Report on the lunatic asylums in Bengal - 1862-
Year: 1862
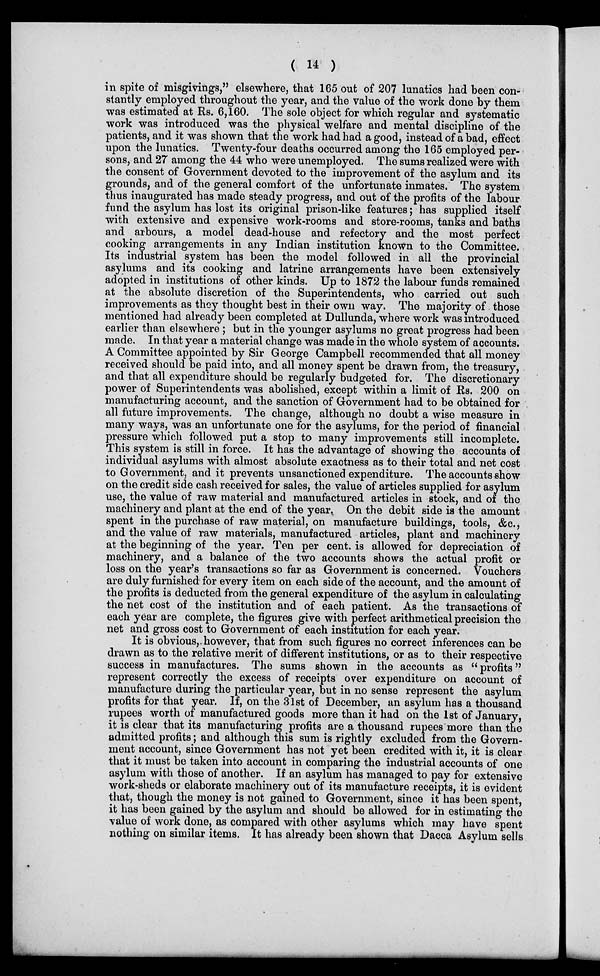
( 14 )
in spite of misgivings," elsewhere, that 165 out of 207 lunatics had been con-
stantly employed throughout the year, and the value of the work done by them
was estimated at Rs. 6,160. The sole object for which regular and systematic
work was introduced was the physical welfare and mental discipline of the
patients, and it was shown that the work had had a good, instead of a bad, effect
upon the lunatics. Twenty-four deaths occurred among the 165 employed per-
sons, and 27 among the 44 who were unemployed. The sums realized were with
the consent of Government devoted to the improvement of the asylum and its
grounds, and of the general comfort of the unfortunate inmates. The system
thus inaugurated has made steady progress, and out of the profits of the labour
fund the asylum has lost its original prison-like features; has supplied itself
with extensive and expensive work-rooms and store-rooms, tanks and baths
and arbours, a model dead-house and refectory and the most perfect
cooking arrangements in any Indian institution known to the Committee.
Its industrial system has been the model followed in all the provincial
asylums and its cooking and latrine arrangements have been extensively
adopted in institutions of other kinds. Up to 1872 the labour funds remained
at the absolute discretion of the Superintendents, who carried out such
improvements as they thought best in their own way. The majority of those
mentioned had already been completed at Dullunda, where work was introduced
earlier than elsewhere ; but in the younger asylums no great progress had been
made. In that year a material change was made in the whole system of accounts.
A Committee appointed by Sir George Campbell recommended that all money
received should be paid into, and all money spent be drawn from, the treasury,
and that all expenditure should be regularly budgeted for. The discretionary
power of Superintendents was abolished, except within a limit of Rs. 200 on
manufacturing account, and the sanction of Government had to be obtained for
all future improvements. The change, although no doubt a wise measure in
many ways, was an unfortunate one for the asylums, for the period of financial
pressure which followed put a stop to many improvements still incomplete.
This system is still in force. It has the advantage of showing the accounts of
individual asylums with almost absolute exactness as to their total and net cost
to Government, and it prevents unsanctioned expenditure. The accounts show
on the credit side cash received for sales, the value of articles supplied for asylum
use, the value of raw material and manufactured articles in stock, and of the
machinery and plant at the end of the year. On the debit side is the amount
spent in the purchase of raw material, on manufacture buildings, tools, &c.,
and the value of raw materials, manufactured articles, plant and machinery
at the beginning of the year. Ten per cent. is allowed for depreciation of
machinery, and a balance of the two accounts shows the actual profit or
loss on the year's transactions so far as Government is concerned. Vouchers
are duly furnished for every item on each side of the account, and the amount of
the profits is deducted from the general expenditure of the asylum in calculating
the net cost of the institution and of each patient. As the transactions of
each year are complete, the figures give with perfect arithmetical precision the
net and gross cost to Government of each institution for each year.
It is obvious, however, that from such figures no correct inferences can be
drawn as to the relative merit of different institutions, or as to their respective
success in manufactures. The sums shown in the accounts as " profits"
represent correctly the excess of receipts over expenditure on account of
manufacture during the particular year, but in no sense represent the asylum
profits for that year. If, on the 31st of December, an asylum has a thousand
rupees worth of manufactured goods more than it had on the 1st of January,
it is clear that its manufacturing profits are a thousand rupees more than the
admitted profits; and although this sum is rightly excluded from the Govern-
ment account, since Government has not yet been credited with it, it is clear
that it must be taken into account in comparing the industrial accounts of one
asylum with those of another. If an asylum has managed to pay for extensive
work-sheds or elaborate machinery out of its manufacture receipts, it is evident
that, though the money is not gained to Government, since it has been spent,
it has been gained by the asylum and should be allowed for in estimating the
value of work done, as compared with other asylums which may have spent
nothing on similar items. It has already been shown that Dacca Asylum sells